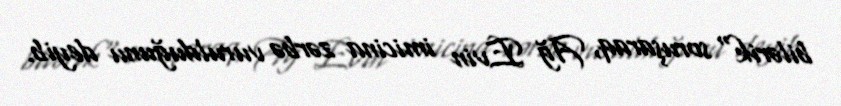
bilərik" soruşaraq, Ağ Evin imicina zərbə vurulduğunu deyib.